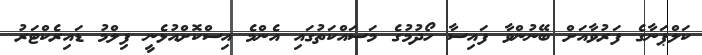
ކަލްޕަނާގެ ފަރުވާއަށް ބޭނުންވާ ފައިސާ ހޯދުމުގެ މަސައްކަތުގައި އެންމެ އިސްކޮށްއުޅެނީ ފިލްމު ޑައިރެކްޓަރު